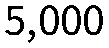
5,000